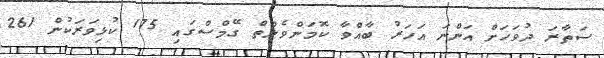
ސަތާރަ ދުވަހަށް އަންނަ އަހަރު ބާއްވާ ކޮމަންވެލްތް ގޭމްސްގައި 175 ކުޅިވަރަކުން 261